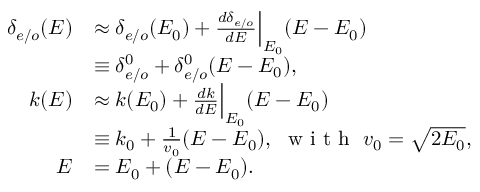
\begin{array} { r l } { \delta _ { e / o } ( E ) } & { \approx \delta _ { e / o } ( E _ { 0 } ) + \frac { d \delta _ { e / o } } { d E } \Big | _ { E _ { 0 } } ( E - E _ { 0 } ) } \\ & { \equiv \delta _ { e / o } ^ { 0 } + \delta _ { e / o } ^ { 0 } ( E - E _ { 0 } ) , } \\ { k ( E ) } & { \approx k ( E _ { 0 } ) + \frac { d k } { d E } \Big | _ { E _ { 0 } } ( E - E _ { 0 } ) } \\ & { \equiv k _ { 0 } + \frac 1 { v _ { 0 } } ( E - E _ { 0 } ) , \ \textrm { w i t h } \ v _ { 0 } = \sqrt { 2 E _ { 0 } } , } \\ { E } & { = E _ { 0 } + ( E - E _ { 0 } ) . } \end{array}